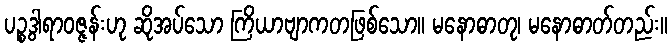
ပဉ္စဒွါရာဝဇ္ဇန်းဟု ဆိုအပ်သော ကြိယာဗျာကတဖြစ်သော။ မနောဓာတု၊ မနောဓာတ်တည်း။